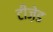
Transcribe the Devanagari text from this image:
टीज़ेड